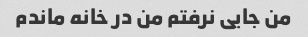
من جایی نرفتم من در خانه ماندم